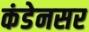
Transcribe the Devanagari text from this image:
कंडेनसर